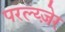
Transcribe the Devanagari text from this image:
परल्य्ज़ेर